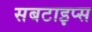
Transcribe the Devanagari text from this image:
सबटाइप्स